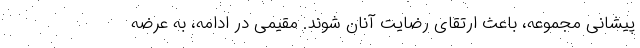
پیشانی مجموعه، باعث ارتقای رضایت آنان شوند. مقیمی در ادامه، به عرضه